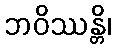
ဘဝိဿန္တိ၊